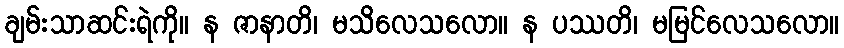
ချမ်းသာဆင်းရဲကို။ န ဇာနာတိ၊ မသိလေသလော။ န ပဿတိ၊ မမြင်လေသလော။